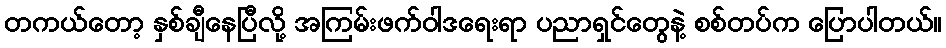
တကယ်တော့ နှစ်ချီနေပြီလို့ အကြမ်းဖက်ဝါဒရေးရာ ပညာရှင်တွေနဲ့ စစ်တပ်က ပြောပါတယ်။